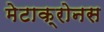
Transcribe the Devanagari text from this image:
मेटाक्रोनस